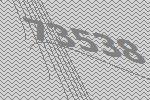
73538